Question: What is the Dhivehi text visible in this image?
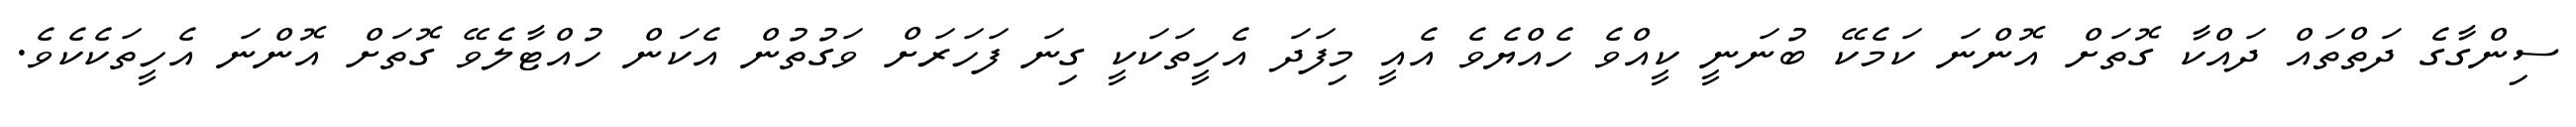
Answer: ސިންގާގެ ދަތްތައް ދައްކާ ގޮތަށް އޮންނަ ކަމެކޭ ބުނަނީ ކީއްވެ ހެއްޔެވެ އެއީ މިފަދަ އެހީތަކަކީ ގިނަ ފަހަރަށް ވަގުތުން އެކަން ހުއްޓާލެވޭ ގޮތަށް އޮންނަ އެހީތަކެކެވެ.